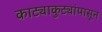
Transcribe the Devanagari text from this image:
काट्याकुट्यांपासून